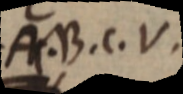
A. B. C.V.